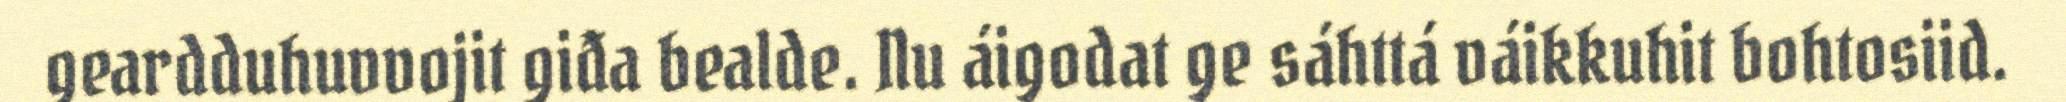
geardduhuvvojit giđa bealde. Nu áigodat ge sáhttá váikkuhit bohtosiid.